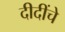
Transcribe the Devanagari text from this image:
दीदींचे